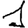
Digit: 1